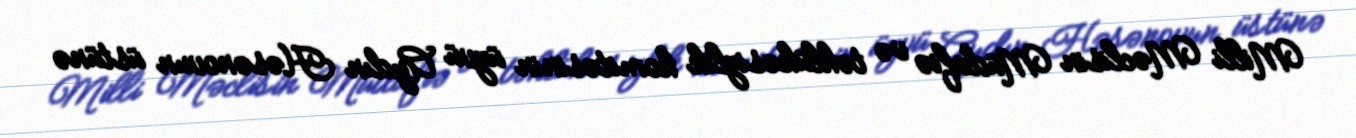
Milli Məclisin Müdafiə və təhlükəsizlik komitəsinin üzvü Aydın Həsənovun üstünə